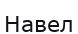
Навел